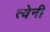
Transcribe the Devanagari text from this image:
त्येनी